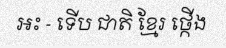
អះ - ទើប ជាតិ ខ្មែរ ថ្កើង